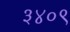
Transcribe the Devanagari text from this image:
३४०९